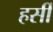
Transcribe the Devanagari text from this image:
हर्सी